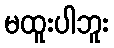
မထူးပါဘူး